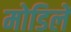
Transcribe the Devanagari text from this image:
मोडिलें